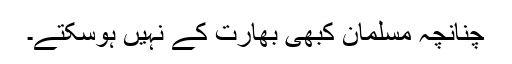
چنانچہ مسلمان کبھی بھارت کے نہیں ہوسکتے۔